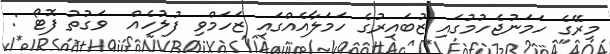
މިރޭގެ ހަމަނުޖެހުމުގައި ޒުބައިރުގެ ހަމަލާއެއްގައި ޒަހަމްވި ފުލުހެއް  ވަގުތު ފޮޓޯ :